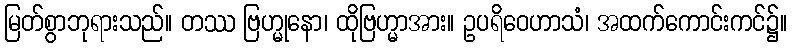
မြတ်စွာဘုရားသည်။ တဿ ဗြဟ္မုနော၊ ထိုဗြဟ္မာအား။ ဥပရိဝေဟာသံ၊ အထက်ကောင်းကင်၌။